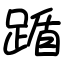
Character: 踲